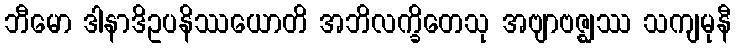
ဘီမော ဒါနာဒိဥပနိဿယောတိ အဘိလက္ခိတေသု အဗျာဗဇ္ဈဿ သကျမုနီ